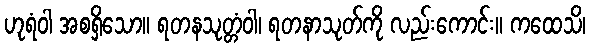
ဟုရံဝါ အစရှိသော။ ရတနသုတ္တံဝါ၊ ရတနာသုတ်ကို လည်းကောင်း။ ကထေသိ၊